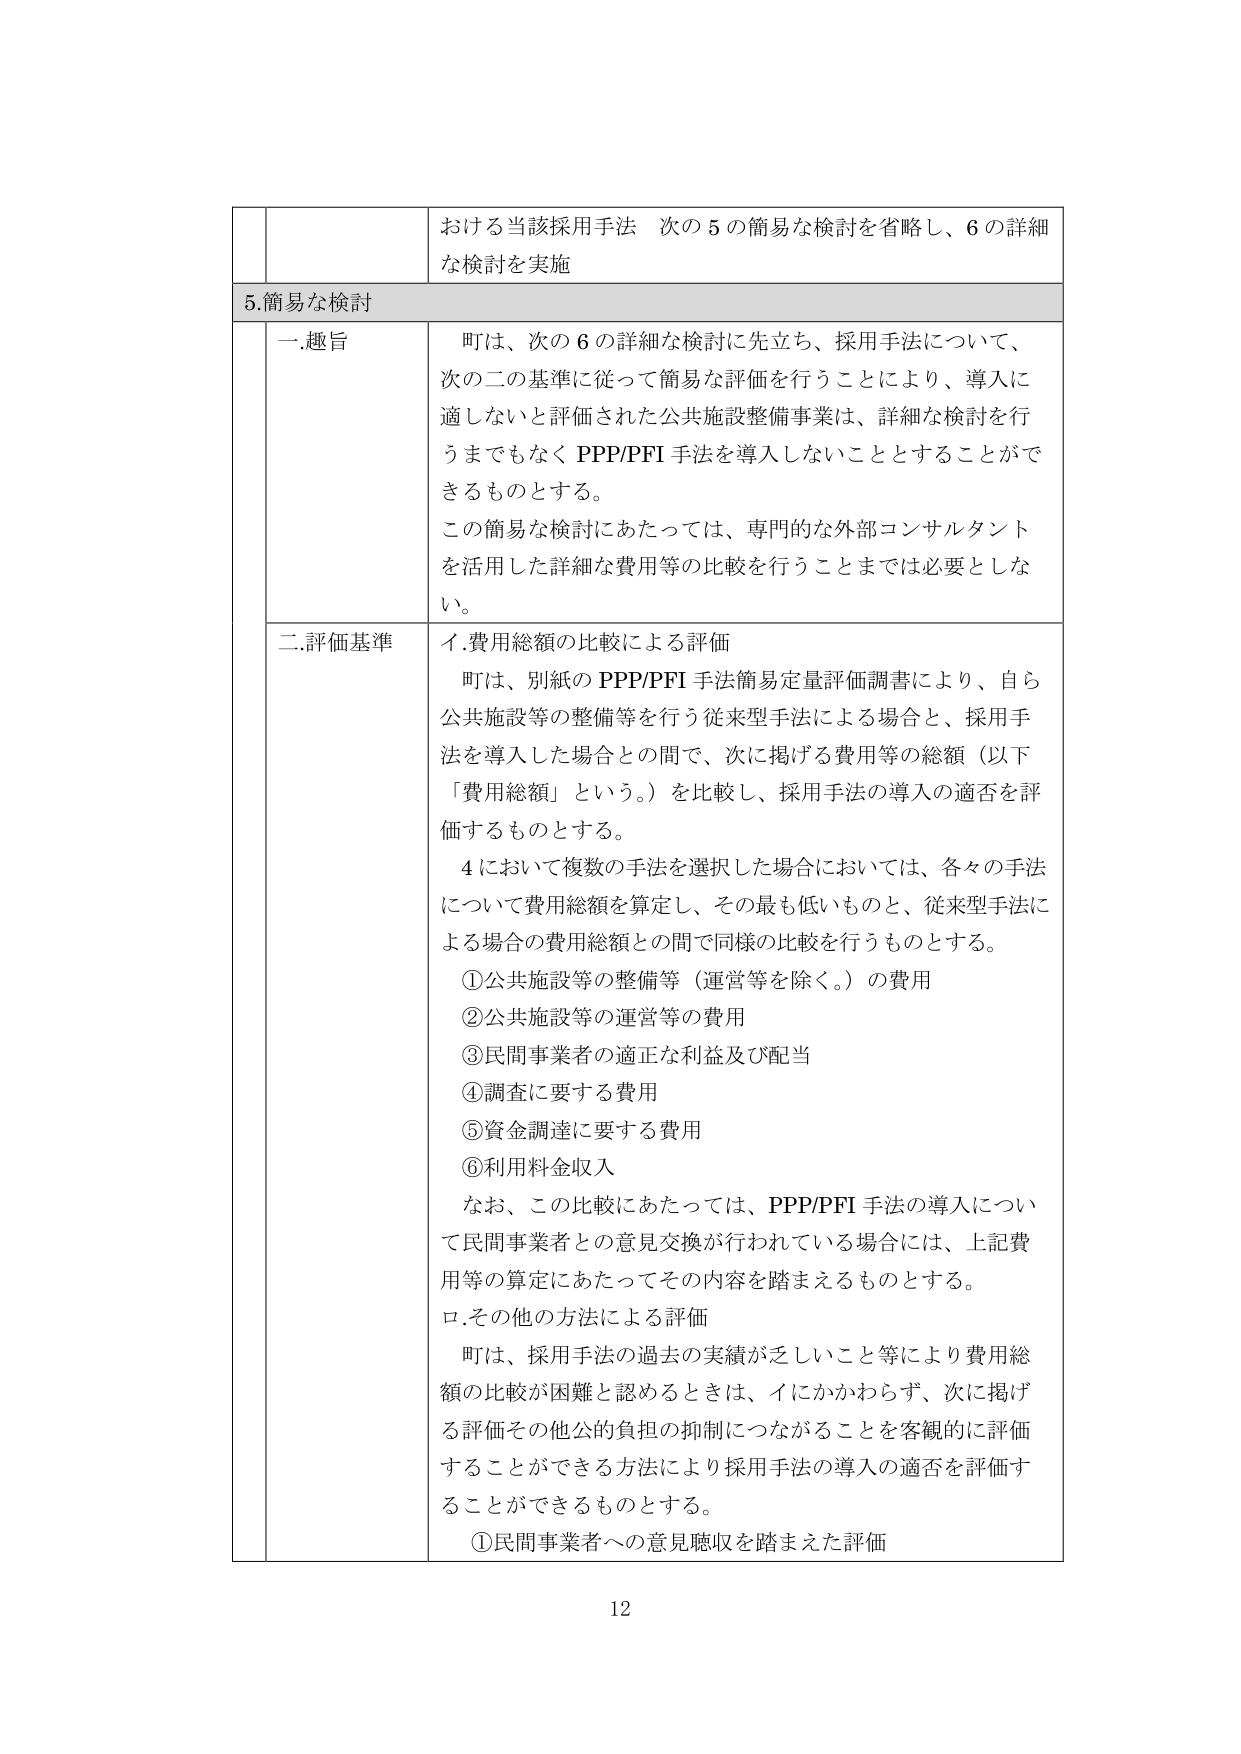
おける当該採用手法 次の５の簡易な検討を省略し、６の詳細な検討を実施

5.簡易な検討

一.趣旨
町は、次の６の詳細な検討に先立ち、採用手法について、次の二の基準に従って簡易な評価を行うことにより、導入に適しないと評価された公共施設整備事業は、詳細な検討を行うまでもなく PPP/PFI 手法を導入しないこととすることがで きるものとする。
この簡易な検討にあたっては、専門的な外部コンサルタントを活用した詳細な費用等の比較を行うことまでは必要としない。

二.評価基準
イ.費用総額の比較による評価
町は、別紙の PPP/PFI 手法簡易定量評価調書により、自ら公共施設等の整備等を行う従来型手法による場合と、採用手法を導入した場合との間で、次に掲げる費用等の総額（以下「費用総額」という。）を比較し、採用手法の導入の適否を評価するものとする。
４において複数の手法を選択した場合においては、各々の手法について費用総額を算定し、その最も低いものと、従来型手法による場合の費用総額との間で同様の比較を行うものとする。
①公共施設等の整備等（運営等を除く。）の費用
②公共施設等の運営等の費用
③民間事業者の適正な利益及び配当
④調査に要する費用
⑤資金調達に要する費用
⑥利用料金収入
なお、この比較にあたっては、PPP/PFI 手法の導入について民間事業者との意見交換が行われている場合には、上記費用等の算定にあたってその内容を踏まえるものとする。
ロ.その他の方法による評価
町は、採用手法の過去の実績が乏しいこと等により費用総額の比較が困難と認めるときは、イにかかわらず、次に掲げる評価その他公的負担の抑制につながることを客観的に評価することができる方法により採用手法の導入の適否を評価することができるものとする。
①民間事業者への意見聴取を踏まえた評価

12